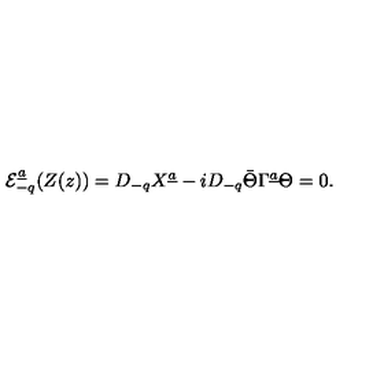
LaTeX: { \cal E } _ { - q } ^ { \underline { a } } ( Z ( z ) ) = D _ { - q } X ^ { \underline { a } } - i D _ { - q } \bar { \Theta } \Gamma ^ { \underline { a } } \Theta = 0 .